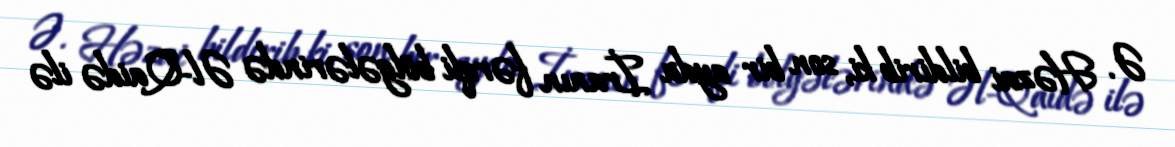
Ə. Həzai bildirib ki, son bir ayda İranın fərqli bölgələrində Əl-Qaidə ilə